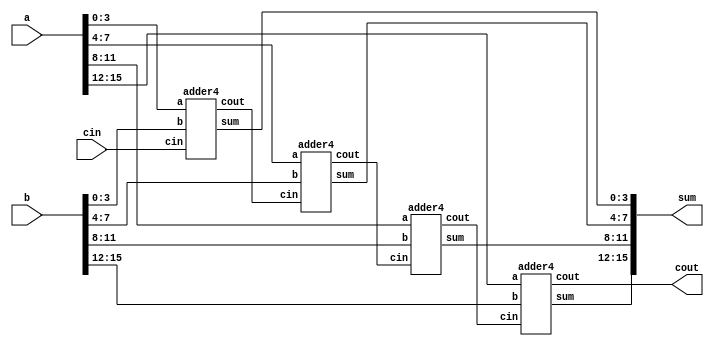
`timescale 1ns / 1ps
//////////////////////////////////////////////////////////////////////////////////
// Company: 
// Engineer: 
// 
// Design Name: 
// Module Name:    adder16 
// Project Name: 
// Target Devices: 
// Tool versions: 
// Description: 
//
// Dependencies: 
//
// Revision: 
// Revision 0.01 - File Created
// Additional Comments: 
//
//////////////////////////////////////////////////////////////////////////////////
module adder16(
	 input [15:0] a,
    input [15:0] b,
    input cin,
    output [15:0] sum,
    output cout
    );
	 
	 wire c1, c2, c3;
	 adder4 add4_1 (.a(a[3:0]) , .b(b[3:0]), .cin(cin), .sum(sum[3:0]), .cout(c1));
	 adder4 add4_2 (.a(a[7:4]) , .b(b[7:4]), .cin(c1), .sum(sum[7:4]), .cout(c2));
	 adder4 add4_3 (.a(a[11:8]) , .b(b[11:8]), .cin(c2), .sum(sum[11:8]), .cout(c3));
	 adder4 add4_4 (.a(a[15:12]) , .b(b[15:12]), .cin(c3), .sum(sum[15:12]), .cout(cout));
	
endmodule

module adder4(
    input [3:0] a,
    input [3:0] b,
    input cin,
    output [3:0] sum,
    output cout
    );
	 
	 wire c1, c2, c3;
	 full_adder FA1 (.a(a[0]) , .b(b[0]), .cin(cin), .sum(sum[0]), .cout(c1));
	 full_adder FA2 (.a(a[1]) , .b(b[1]), .cin(c1), .sum(sum[1]), .cout(c2));
	 full_adder FA3 (.a(a[2]) , .b(b[2]), .cin(c2), .sum(sum[2]), .cout(c3));
	 full_adder FA4 (.a(a[3]) , .b(b[3]), .cin(c3), .sum(sum[3]), .cout(cout));
	 
endmodule

module full_adder(
    input a,
    input b,
    input cin,
    output sum,
    output cout
    );
	 
	 assign sum = (a ^ b) ^ cin;
	 assign cout = (a & b) | (a & cin) | (b & cin);
	 
	 
endmodule